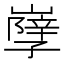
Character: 𡦣